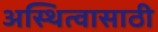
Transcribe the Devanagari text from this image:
अस्थित्वासाठी